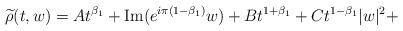
LaTeX: \begin{align*} \widetilde{\rho}(t,w) = A t^{\beta_1} + {\rm Im}(e^{i\pi (1-\beta_1)} w) + B t^{1+\beta_1} + C t^{1-\beta_1}|w|^2+\end{align*}